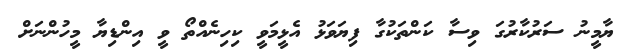
ޔާމީނު ސަރުކާރުގަ ވިސާ ކަންތަކުގާ ފިޔަވަޅު އެޅީމަވީ ކިހިނެއްތޯ ވީ އިންޑިޔާ މީހުންނަށް